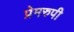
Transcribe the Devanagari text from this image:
प्रेमरुपी